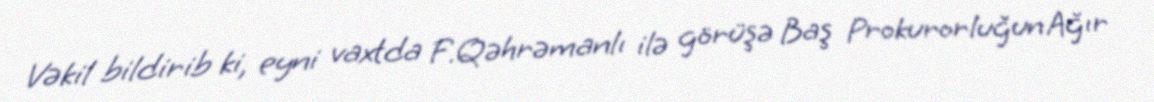
Vəkil bildirib ki, eyni vaxtda F.Qəhrəmanlı ilə görüşə Baş Prokurorluğun Ağır